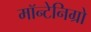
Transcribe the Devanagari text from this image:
मॉन्टेनिग्रो